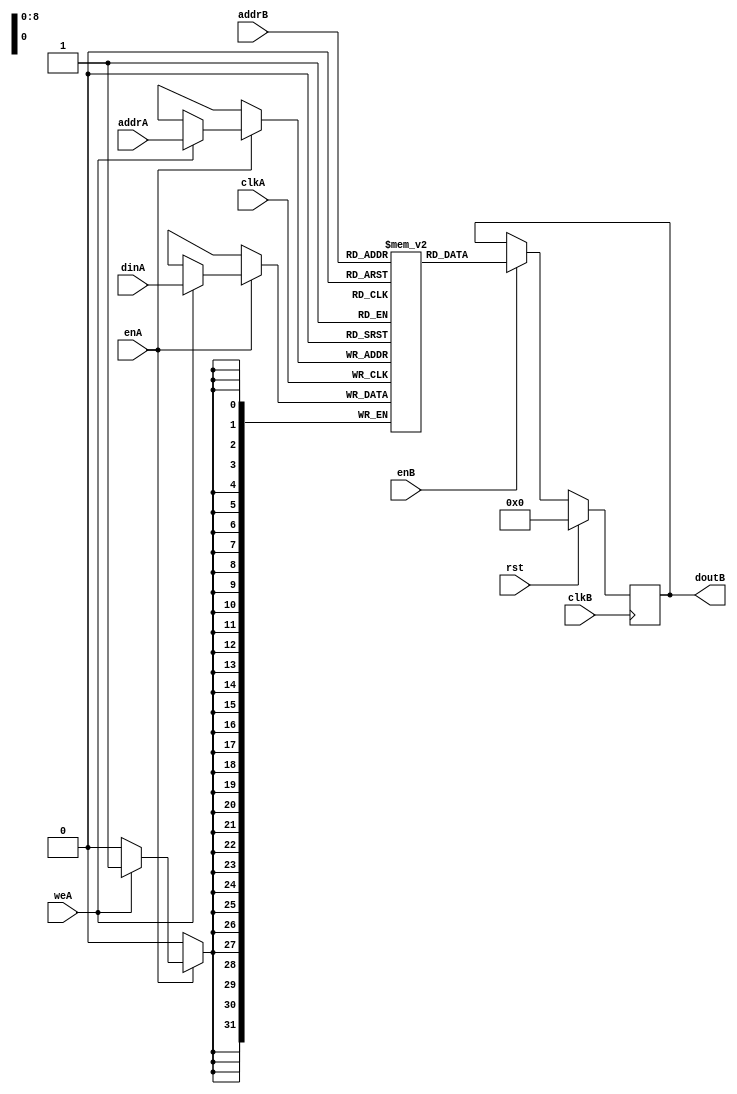
module mem #
    (
    	parameter WIDTH = 32,
    	parameter DEPTH = 512
    )
	(
    input rst,
    input clkA,
    input clkB,
    input weA,
    input enA,
    input enB,
    input [$clog2(DEPTH)-1:0] addrA,
    input [$clog2(DEPTH)-1:0] addrB,
    input [WIDTH-1:0] dinA,
    output reg [WIDTH-1:0] doutB
  );

	reg [WIDTH-1:0] mem [0:DEPTH-1];

`ifndef SYNTHESIS
  integer r;
  initial begin
    for(r=0;r<DEPTH-1;r=r+1) begin
      mem[r] <= {WIDTH{1'b0}};
    end
  end
`endif

	always @(posedge clkA) begin
		if(enA) begin
			if(weA) begin
				mem[addrA] <= dinA;
			end
		end
	end

	always @(posedge clkB) begin
    if(rst) begin
      doutB <= {WIDTH{1'b0}};
    end else if(enB) begin
			doutB <= mem[addrB];
		end
	end

endmodule